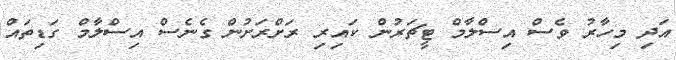
އަދި މިހާރު ވެސް އިސްލާމް ޓީޗަރުން ކައިރި ރަށްރަށުން ގެނެސް އިސްލާމް ގަޑިތައް